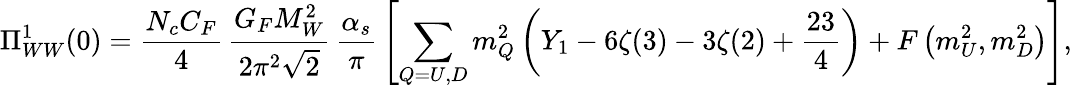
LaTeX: \Pi_{WW}^{1}(0)={\frac{N_{c}C_{F}}{4}}\, {\frac{G_{F}M_{W}^{2}}{2\pi^{2}\sqrt 2}}\, {\frac{\alpha_{s}}{\pi}}\left[\sum_{Q=U,D}m_{Q}^{2}\left(Y_{1}-6\zeta(3)-3\zeta(2)+{\frac{23}{4}}\right)+F\left(m_{U}^{2},m_{D}^{2}\right)\right],